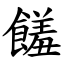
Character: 饈